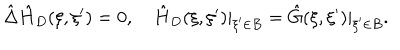
\hat { \Delta } { \hat { H } _ { D } } ( \xi , \xi ^ { \prime } ) = 0 , \quad { \hat { H } _ { D } } ( \xi , \xi ^ { \prime } ) { | _ { \xi ^ { \prime } \in B } } = \hat { G } ( \xi , \xi ^ { \prime } ) { | _ { \xi ^ { \prime } \in B } } .